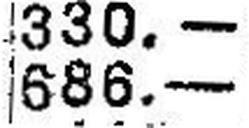
686.—